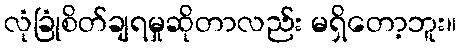
လုံခြုံစိတ်ချရမှုဆိုတာလည်း မရှိတော့ဘူး။